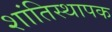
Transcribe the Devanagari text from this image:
शांतिस्थापक